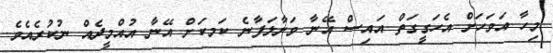
މިހާ އަވަހަށް އެހަގީގަތް އައިސް އޭނާ ވަށާލަފާނެ ކަމކަށް އޭނާ އުއްމީދެއް ނުކުރެއެވެ.